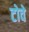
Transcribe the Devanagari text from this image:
टोवे